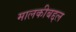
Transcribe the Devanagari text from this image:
मालकीबद्दल